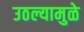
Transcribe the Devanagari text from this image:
उठल्यामुळे